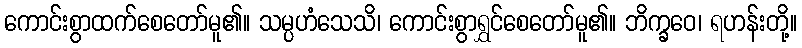
ကောင်းစွာထက်စေတော်မူ၏။ သမ္ပဟံသေသိ၊ ကောင်းစွာရွှင်စေတော်မူ၏။ ဘိက္ခဝေ၊ ရဟန်းတို့။